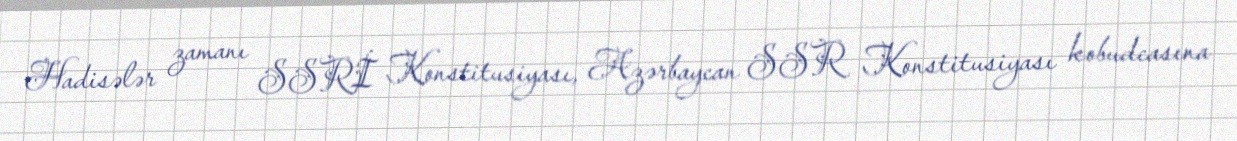
Hadisələr zamanı SSRİ Konstitusiyası, Azərbaycan SSR Konstitusiyası kobudcasına